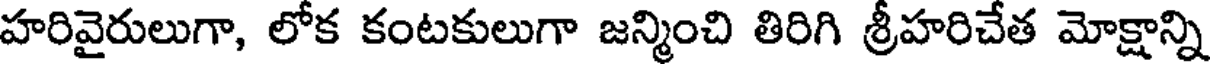
హరివైరులుగా, లోక కంటకులుగా జన్మించి తిరిగి శ్రీహరిచేత మోక్షాన్ని